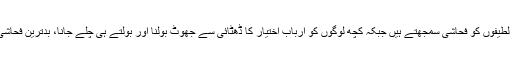
چند لوگ بالغ لطیفوں کو فحاشی سمجھتے ہیں جبکہ کچھ لوگوں کو ارباب اختیار کا ڈھٹائی سے جھوٹ بولنا اور بولتے ہی چلے جانا، بدترین فحاشی نظر آتا ہے۔